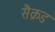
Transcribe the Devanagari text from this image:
सैक्रड